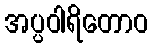
အပ္ပဝါရိတောဝ